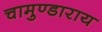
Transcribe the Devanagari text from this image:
चामुण्डाराय